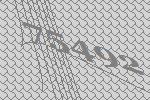
75492